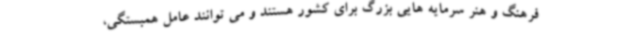
فرهنگ و هنر سرمایه هایی بزرگ برای کشور هستند و می توانند عامل همبستگی،